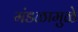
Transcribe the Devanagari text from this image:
मंडळामुळे